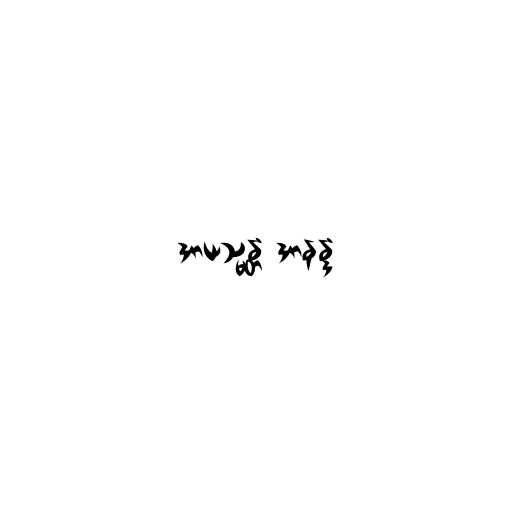
အာယသ္မန္တံ အာနန္ဒံ